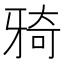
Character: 𤘌